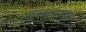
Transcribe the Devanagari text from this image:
अप्लाएन्स